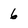
Character: 6